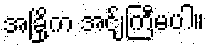
အခြို့က အင်ျကြီမပါ။